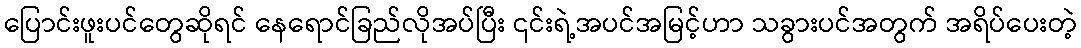
ပြောင်းဖူးပင်တွေဆိုရင် နေရောင်ခြည်လိုအပ်ပြီး ၎င်းရဲ့အပင်အမြင့်ဟာ သခွားပင်အတွက် အရိပ်ပေးတဲ့